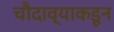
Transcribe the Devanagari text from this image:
चौदाव्याकडून